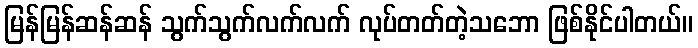
မြန်မြန်ဆန်ဆန် သွက်သွက်လက်လက် လုပ်တတ်တဲ့သဘော ဖြစ်နိုင်ပါတယ်။